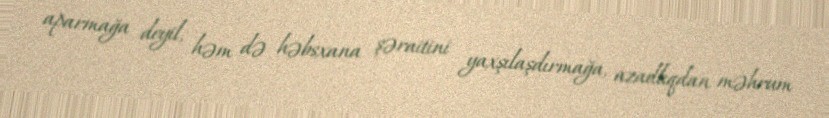
aparmağa deyil, həm də həbsxana şəraitini yaxşılaşdırmağa, azadlıqdan məhrum